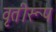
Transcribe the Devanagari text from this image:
वृतीरूप